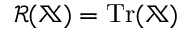
\mathcal { R } ( \mathbb { X } ) = \operatorname { T r } ( \mathbb { X } )